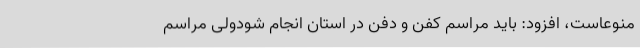
منوعاست، افزود: باید مراسم کفن و دفن در استان انجام شودولی مراسم